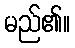
မည်၏။